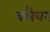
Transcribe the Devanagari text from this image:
क्लैवर